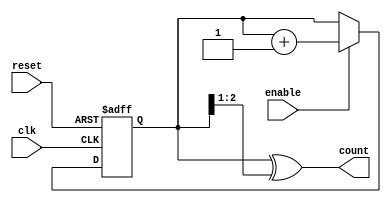
module gray_code_async_counter #(
    parameter N = 3  // Width of the counter in bits
)(
    input wire reset,   // Asynchronous reset
    input wire enable,  // Enable signal to increment the counter
    input wire clk,     // Clock input for transitions (not used globally)
    output reg [N-1:0] count  // Current count in Gray code
);

    reg [N-1:0] binary_count;  // Internal binary count

    // Function to convert binary to Gray code
    function [N-1:0] binary_to_gray(input [N-1:0] binary);
        begin
            binary_to_gray = binary ^ (binary >> 1);
        end
    endfunction

    // Asynchronous reset and counting
    always @(posedge clk or posedge reset) begin
        if (reset) begin
            binary_count <= 0;  // Reset binary count to 0
        end else if (enable) begin
            binary_count <= binary_count + 1;  // Increment binary count
        end
    end

    // Convert binary count to Gray code
    always @(binary_count) begin
        count <= binary_to_gray(binary_count);
    end
endmodule